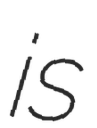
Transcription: is